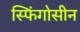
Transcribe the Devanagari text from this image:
स्फिंगोसीन